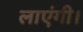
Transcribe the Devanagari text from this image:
लाएंगी।